Report of the Municipal Commissioner on the plague in Bombay for the year ending 31st May... - Volume 1
Disease focus: Plague
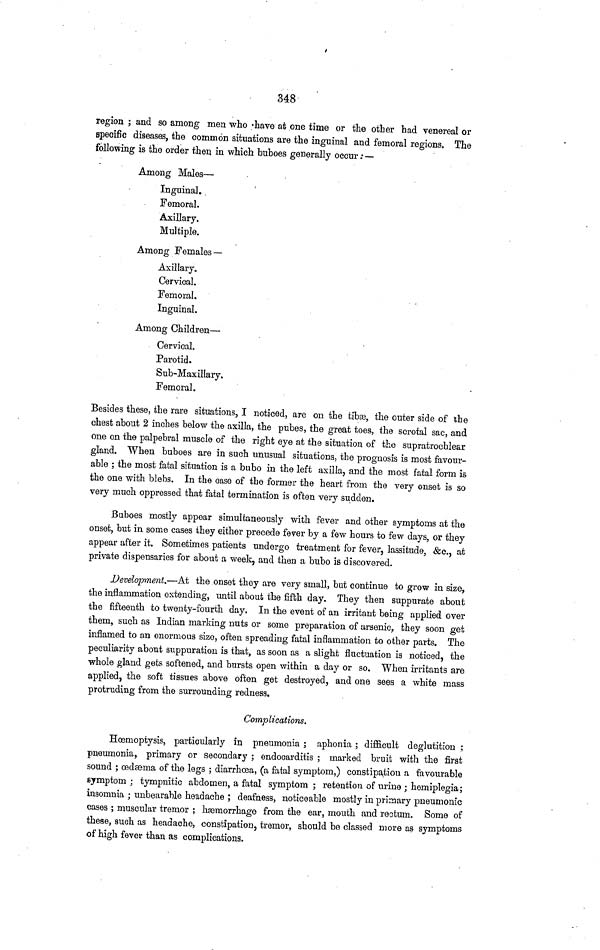
348
region ; and so among men who have at one time or the other had venereal or
specific diseases, the common situations are the inguinal and femoral regions. The
following is the order then in which buboes generally occur: —
Among Males—
Inguinal.
Femoral.
Axillary.
Multiple.
Among Females —
Axillary.
Cervical.
Femoral.
Inguinal.
Among Children—
Cervical,
Parotid.
Sub-Maxillary.
Femoral.
Besides these, the rare situations, I noticed, are on the tibse, the outer side of the
chest about 2 inches below the axilla, the pubes, the great toes, the scrotal sac, and
one on the palpebral muscle of the right eye at the situation of the supratrochlear
gland. When buboes are in such unusual situations, the prognosis is most favour-
able ; the most fatal situation is a bubo in the left axilla, and the most fatal form is
the one with blebs. In the case of the former the heart from the very onset is so
very much oppressed that fatal termination is often very sudden.
Buboes mostly appear simultaneously with fever and other symptoms at the
onset, but in some cases they either precede fever by a few hours to few days, or they
appear after it. Sometimos patients undergo treatment for fever, lassitude, &c., at
private dispensaries for about a week, and then a bubo is discovered.
Development.—At the onset they are very small, bat continue to grow in size,
the inflammation extending, until about the fifth day. They then suppurate about
the fifteenth to twenty-fourth day. In the event of an irritant being applied over
them, such as Indian marking nuts or some preparation of arsenic, they soon get
inflamed to an enormous size, often spreading fatal inflammation to other parts. The
peculiarity about suppuration is that, as soon as a slight fluctuation is noticed, the
whole gland gets softened, and bursts open within a day or so. When irritants are
applied, the soft tissues above often get destroyed, and one sees a white mass
protruding from the surrounding redness.
Complications.
Hoemoptysis, particularly in pneumonia ; aphonia ; difficult deglutition ;
pneumonia, primary or secondary ; endocarditis ; marked bruit with the first
sound ; oedaema of the legs ; diarrhoea, (a fatal symptom,) constipation a favourable
symptom ; tympnitic abdomen, a fatal symptom ; retention of urine ; hemiplegia;
insomnia ; unbearable headache ; deafness, noticeable mostly in primary pneumonic
cases ; muscular tremor ; hemorrhage from the ear, mouth and rectum. Some of
these, such as headache, constipation, tremor, should be classed more as symptoms
of high fever than as complications.